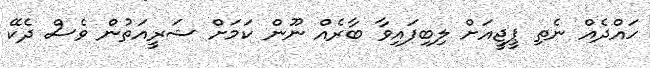
ހައްދެއް ނެތި ޕީޖީއަށް ލިބިފައިވާ ބާރެއް ނޫން ކަމަށް ޝަރީއަތުން ވެސް ދެކޭ